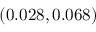
\left( 0 . 0 2 8 , 0 . 0 6 8 \right)